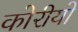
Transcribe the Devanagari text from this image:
कोरीयो